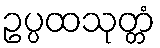
ဥပ္ပထသုတ္တံ